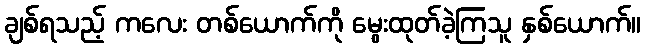
ချစ်ရသည့် ကလေး တစ်ယောက်ကို မွေးထုတ်ခဲ့ကြသူ နှစ်ယောက်။